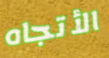
الأتجاه